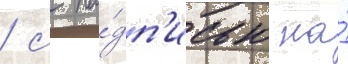
/ с на́дп'исью на́